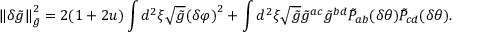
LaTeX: \left\| \delta \tilde { g } \right\| _ { \tilde { g } } ^ { 2 } = 2 ( 1 + 2 u ) \int { d ^ { 2 } } \xi \sqrt { \tilde { g } } { { ( \delta \varphi ) } ^ { 2 } } + \int { d ^ { 2 } } \xi \sqrt { \tilde { g } } { \tilde { g } ^ { a c } } { \tilde { g } ^ { b d } } { \tilde { P } _ { a b } } ( \delta \theta ) { \tilde { P } _ { c d } } ( \delta \theta ) .